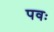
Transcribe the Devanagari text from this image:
पवः